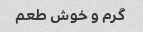
گرم و خوش طعم